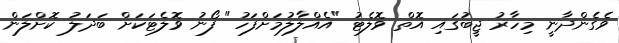
ވެގެންދާނީ މިހާރު ޖީބުގައި އޮތް ވޮލެޓު "އެއްލާލުމަށްފަހު" ފޯނު ވޮލެޓަކަށް ބަދަލު ކޮށްލަން